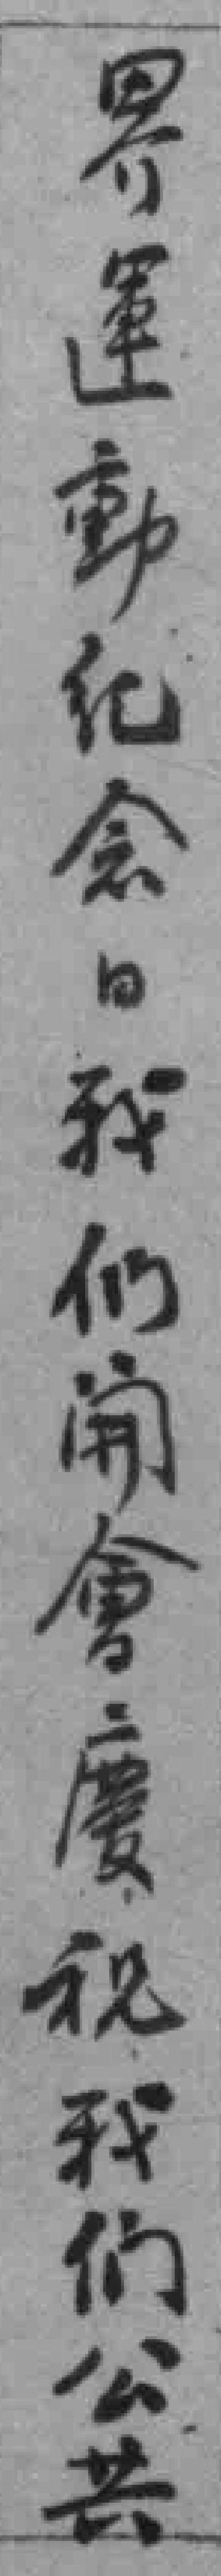
界運動紀念日我们開會慶祝我们公共